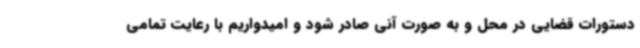
دستورات قضایی در محل و به صورت آنی صادر شود و امیدواریم با رعایت تمامی